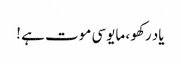
یاد رکھو ، مایوسی موت ہے ‫!